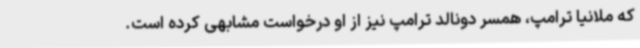
که ملانیا ترامپ، همسر دونالد ترامپ نیز از او درخواست مشابهی کرده است.